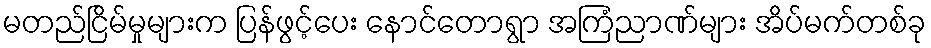
မတည်ငြိမ်မှုများက ပြန်ဖွင့်ပေး နောင်တောရွာ အကြံညာဏ်များ အိပ်မက်တစ်ခု